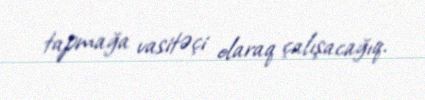
tapmağa vasitəçi olaraq çalışacağıq.